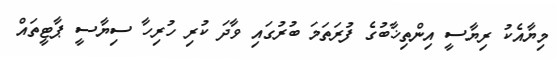
މިޔާއެކު ރިޔާސީ އިންތިޚާބުގެ ފުރަތަމަ ބުރުގައި ވާދަ ކުރި ހުރިހާ ސިޔާސީ ޕާޓީތައް